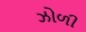
ઝોળી